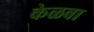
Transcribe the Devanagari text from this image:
केळवा